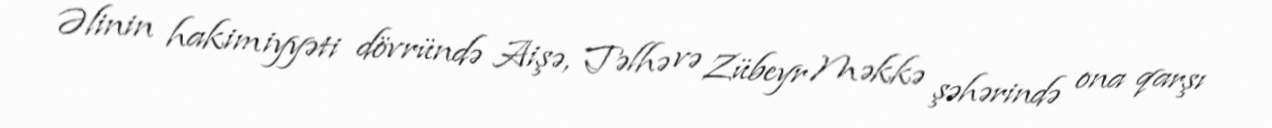
Əlinin hakimiyyəti dövründə Aişə, Təlhə və Zübeyr Məkkə şəhərində ona qarşı